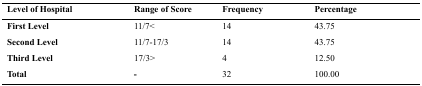
<table><thead><tr><td><b>Level of Hospital</b></td><td><b>Range of Score</b></td><td><b>Frequency</b></td><td><b>Percentage</b></td></tr></thead><tbody><tr><td><b>First Level</b></td><td>11/7</td><td>14</td><td>43.75</td></tr><tr><td><b>Second Level</b></td><td>11/7-17/3</td><td>14</td><td>43.75</td></tr><tr><td><b>Third Level</b></td><td>17/3&gt;</td><td>4</td><td>12.50</td></tr><tr><td><b>Total</b></td><td>-</td><td>32</td><td>100.00</td></tr></tbody></table>